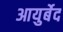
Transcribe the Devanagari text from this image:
आयुर्बेद